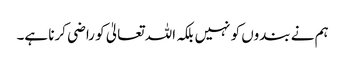
ہم نے بندوں کو نہیں بلکہ اللہ تعالیٰ کو راضی کرنا ہے۔